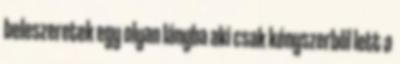
beleszeretek egy olyan lányba aki csak kényszerből lett a